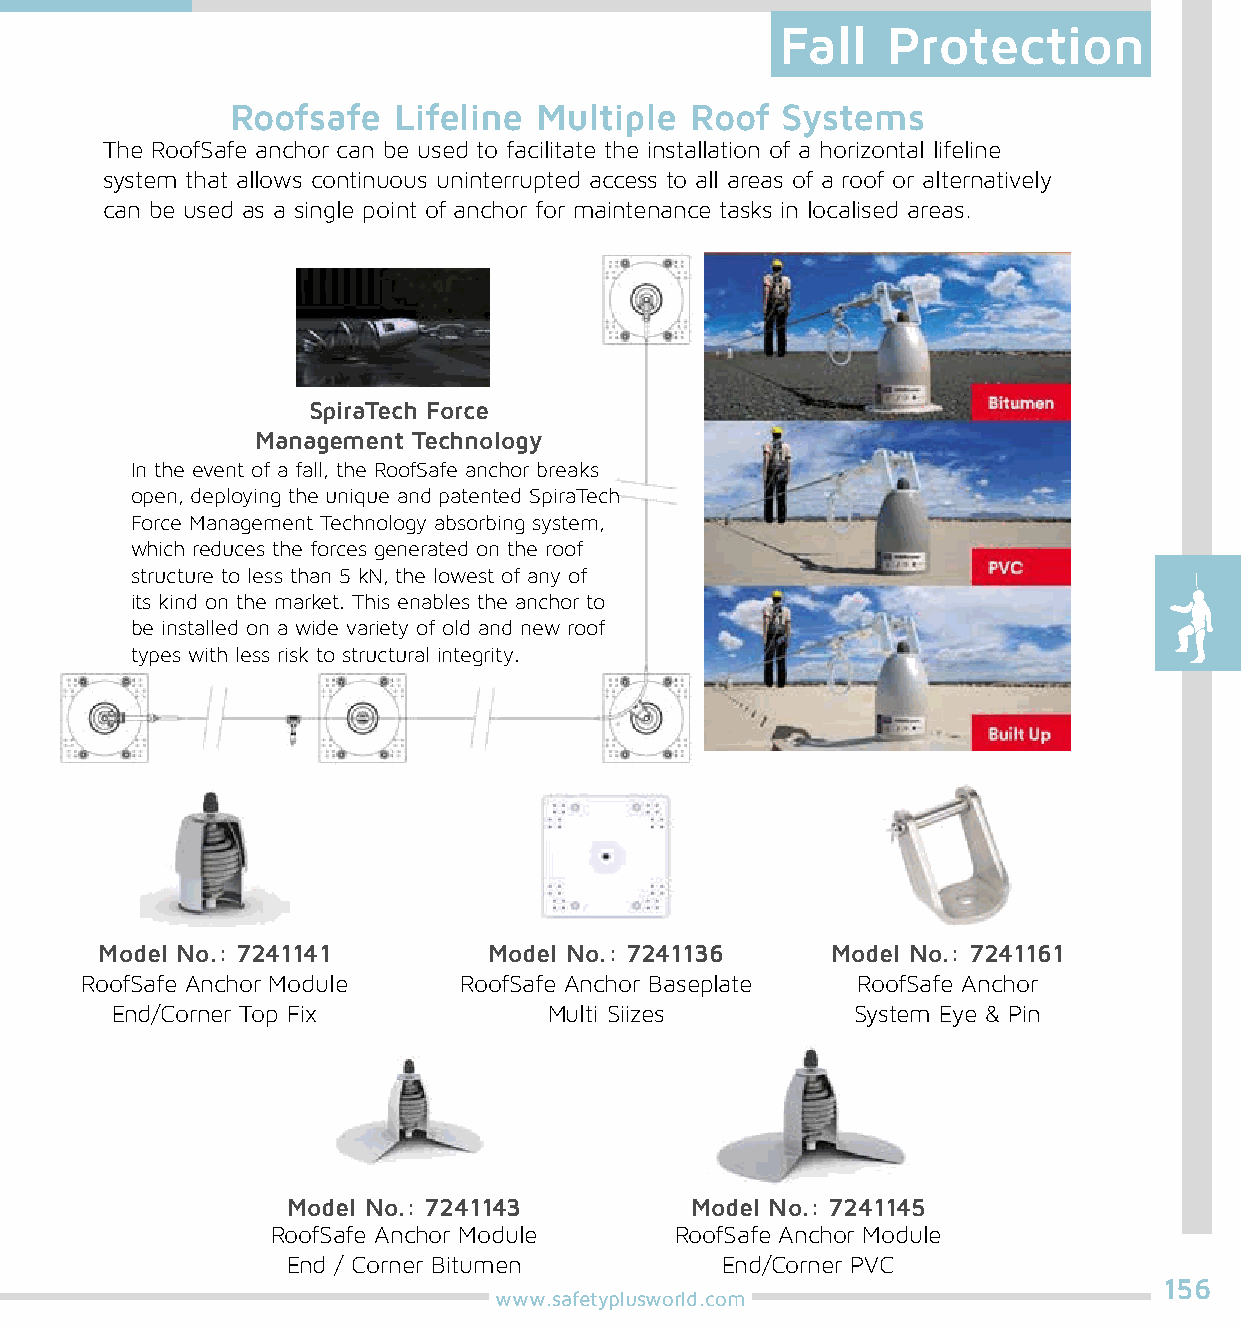
Fall   Protection
 Roofsafe   Lifeline  Multiple  Roof  Systems
 The RoofSafe anchor can be used to facilitate the installation of a horizontal lifeline
 system that allows continuous uninterrupted access to all areas of a roof or alternatively
 can be used as a single point of anchor for maintenance tasks in localised areas.
 SpiraTech Force
 Management Technology
 In the event of a fall, the RoofSafe anchor breaks
 open, deploying the unique and patented SpiraTech
 Force Management Technology absorbing system,
 which reduces the forces generated on the roof
 structure to less than 5 kN, the lowest of any of
 its kind on the market. This enables the anchor to
 be installed on a wide variety of old and new roof
 types with less risk to structural integrity.
 Model No.: 7241141       Model No.: 7241136     Model No.: 7241161
 RoofSafe Anchor Module   RoofSafe Anchor Baseplate  RoofSafe Anchor
 End/Corner Top Fix           Multi Siizes         System Eye & Pin
 Model No.: 7241143         Model No.: 7241145
 RoofSafe Anchor Module     RoofSafe Anchor Module
 End / Corner Bitumen         End/Corner PVC
 156
 www.safetyplusworld.com